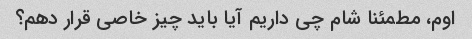
اوم، مطمئنا شام چی داریم آیا باید چیز خاصی قرار دهم؟